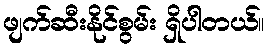
ဖျက်ဆီးနိုင်စွမ်း ရှိပါတယ်။